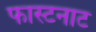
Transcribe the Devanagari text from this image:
फास्टनाट